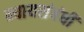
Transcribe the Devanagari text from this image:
न्यायसंबंधी